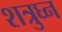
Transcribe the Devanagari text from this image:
शत्रुघ्‍न